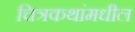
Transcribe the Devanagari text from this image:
चित्रकथांमधील